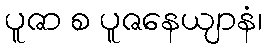
ပူဇာ စ ပူဇနေယျာနံ၊